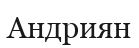
Андриян